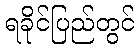
ရခိုင်ပြည်တွင်